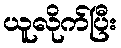
ယူလိုက်ပြီး